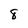
Character: 8